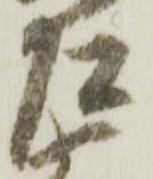
左